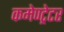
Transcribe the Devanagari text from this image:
कमेण्ट्रेटर